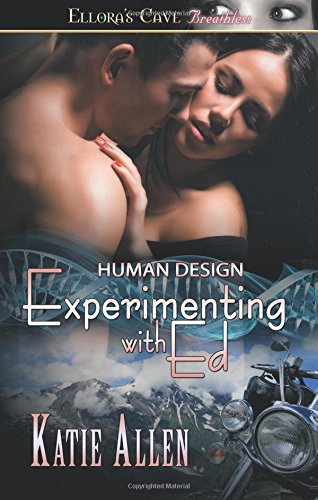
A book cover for Experimenting with Ed: Ellora's Cave; Katie Allen; Romance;